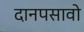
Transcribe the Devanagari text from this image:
दानपसावो